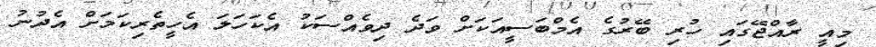
މިއީ ރާއްޖޭގައި ހުރި ބޭރުގެ އެމްބަސީއަކަށް ވަދެ ދިވެއްސަކު އެކަހަލަ އެހީތެރިކަމަށް އެދުނު